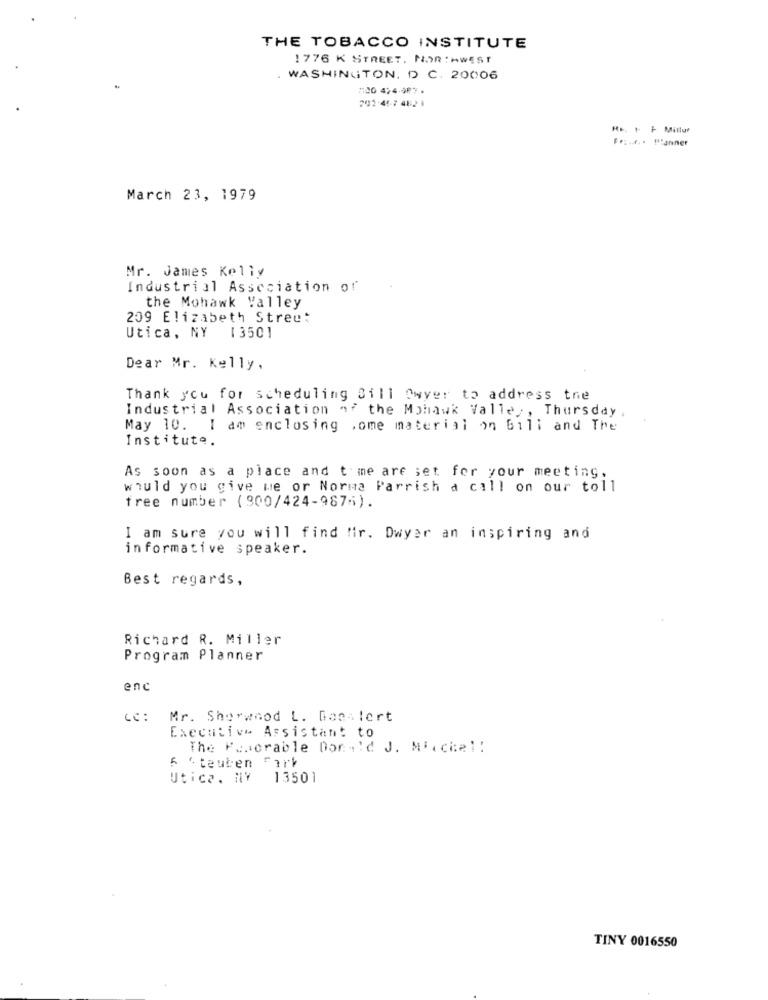
THE TOBACCO INSTITUTE
1776 K STREET. NOR: MWEST
WASHINGTON, D C. 20006
700 474.987 .
242-45-7 482 1
Re. 1 F Millur
Fez .... . Planner
March 23, 1979
Mr. James Kelly
Industrial Association of
the Mohawk Valley
209 Elizabeth Street
Utica, NY 13501
Dear Mr. Kelly,
Thank you for scheduling Sill Owyer to address the
Industrial Association of the Mohawk Valley , Thursday ,
May 10. I am enclosing .ome material on bili and The
Institute.
As soon as a place and time are set for your meeting.
would you give me or Norma Parrish a call on our toll
free number (900/424-987;).
I am sure you will find fir. Dwyer an inspiring and
informative speaker.
Best regards,
Richard R. Miller
Program Planner
enc
CC:
Mr. Sherwood L. Dasslert
Executive Assistant to
The Favorable Dor-'d J. Mixche !!
6 'teuten Fork
Utica. NY 13501
TINY 0016550